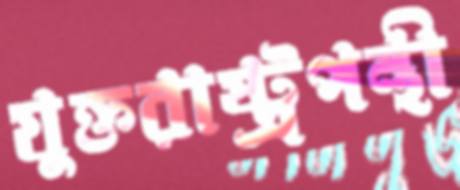
যুক্তরাষ্ট্রপন্থী